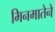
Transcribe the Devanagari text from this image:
मिनमातेने